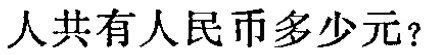
人共有人民币多少元？